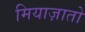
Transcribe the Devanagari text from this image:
मियाज़ातो